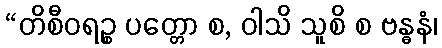
“တိစီဝရဉ္စ ပတ္တော စ, ဝါသိ သူစိ စ ဗန္ဓနံ၊